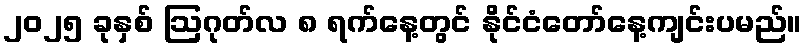
၂၀၂၅ ခုနှစ် ဩဂုတ်လ ၈ ရက်နေ့တွင် နိုင်ငံတော်နေ့ကျင်းပမည်။